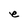
Character: e